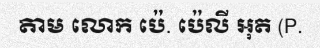
តាម លោក ប៉េ. ប៉េលី អុត (P.